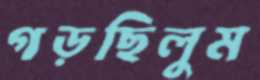
গড়ছিলুম